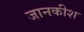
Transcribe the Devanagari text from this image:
जानकीश